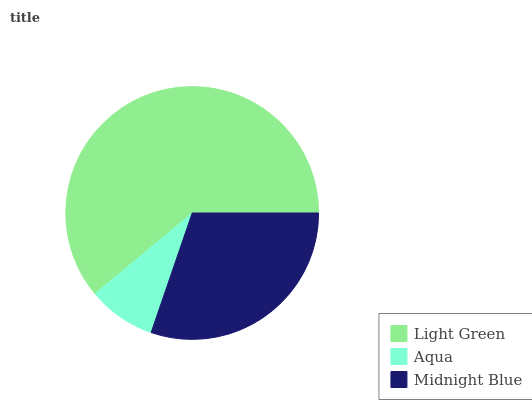
| Light Green | Aqua | Midnight Blue |
 | --- | --- | --- |
 | 61% | 8.71% | 30.3% |